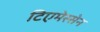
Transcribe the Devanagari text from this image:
टिएमेस्सेन